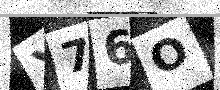
Text: X76O